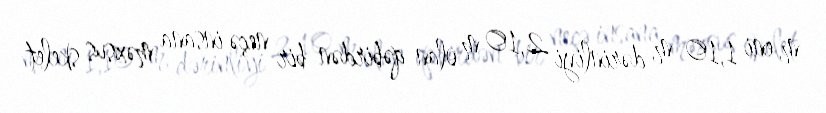
m, eni 1,10 m, dərinliyi 2,10 m olan qəbirdən bir neçə insana məxsus skelet